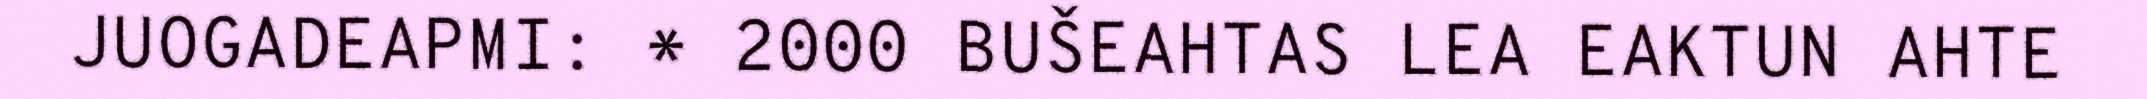
JUOGADEAPMI: * 2000 BUŠEAHTAS LEA EAKTUN AHTE